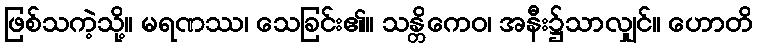
ဖြစ်သကဲ့သို့။ မရဏဿ၊ သေခြင်း၏။ သန္တိကေဝ၊ အနီး၌သာလျှင်။ ဟောတိ